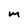
Character: m